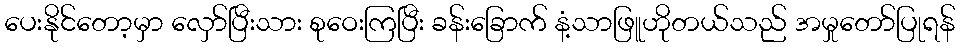
ပေးနိုင်တော့မှာ လှော်ပြီးသား စုဝေးကြပြီး ခန်းခြောက် နံ့သာဖြူဟိုတယ်သည် အမှုတော်ပြုရန်